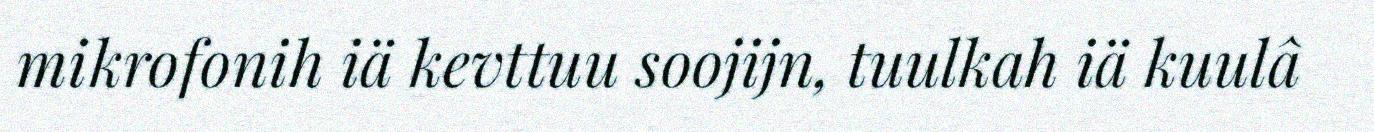
mikrofonih iä kevttuu soojijn, tuulkah iä kuulâ